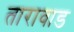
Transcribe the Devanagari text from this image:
तारावाड